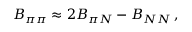
B _ { \pi \pi } \approx 2 B _ { \pi N } - B _ { N N } \, ,